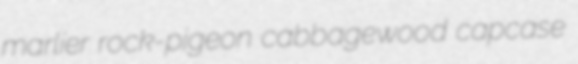
marlier rock-pigeon cabbagewood capcase